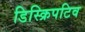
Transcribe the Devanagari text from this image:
डिस्क्रिपटिव